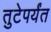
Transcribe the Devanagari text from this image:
तुटेपर्यंत